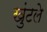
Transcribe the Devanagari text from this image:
खुंटले